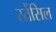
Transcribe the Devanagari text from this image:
स्तेंसिल